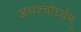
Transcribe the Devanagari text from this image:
अधश्चोर्ध्वम्